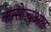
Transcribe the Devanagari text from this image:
कन्सेप्चुअल